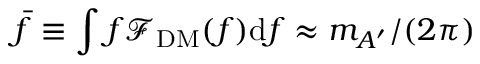
\bar { f } \equiv \int f \mathcal { F } _ { \mathrm { D M } } ( f ) \mathrm { d } f \approx m _ { A ^ { \prime } } / ( 2 \pi )